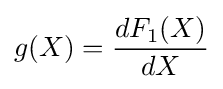
g(X)={\frac {dF_{1}(X)}{dX}}